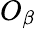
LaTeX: O_{\beta}